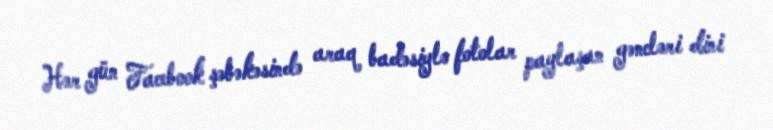
Hər gün Facebook şəbəkəsində araq badəsiylə fotolar paylaşan gəncləri dini